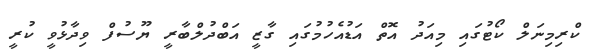
ކްރިމިނަލް ކޯޓުގައި މިއަދު އޮތް އަޑުއެހުމުގައި ގާޒީ އަބްދުލްބާރީ ޔޫސުފް ވިދާޅުވީ ކުރީ